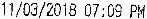
11/03/2018 07:09 PM